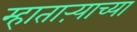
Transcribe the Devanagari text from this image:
म्हाताऱ्याच्या